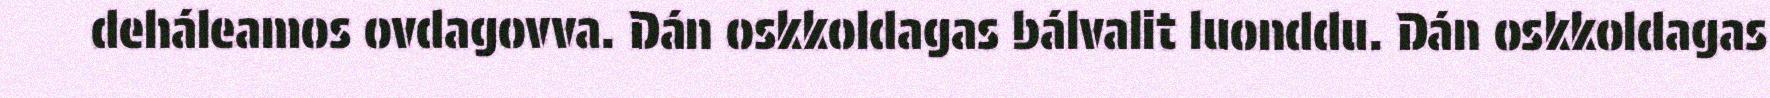
deháleamos ovdagovva. Dán oskkoldagas bálvalit luonddu. Dán oskkoldagas